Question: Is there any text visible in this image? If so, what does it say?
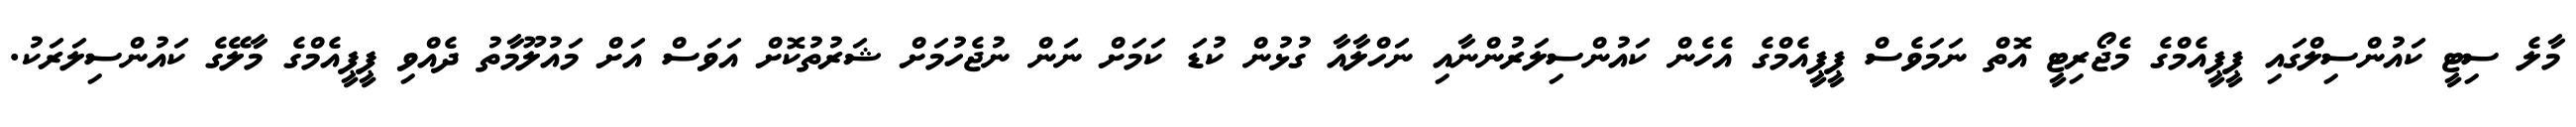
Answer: މާލެ ސިޓީ ކައުންސިލްގައި ޕީޕީއެމްގެ މެޖޯރިޓީ އޮތް ނަމަވެސް ޕީޕީއެމްގެ އެހެން ކައުންސިލަރުންނާއި ނަހްލާއާ ގުޅުން ކުޑަ ކަމަށް ނަން ނުޖެހުމަށް ޝަރުތުކޮށް އަވަސް އަށް މައުލޫމާތު ދެއްވި ޕީޕީއެމްގެ މާލޭގެ ކައުންސިލަރަކު.